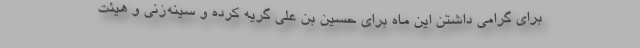
برای گرامی داشتن این ماه برای حسین بن علی گریه کرده و سینه‌زنی و هیئت